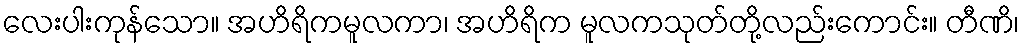
လေးပါးကုန်သော။ အဟိရိကမူလကာ၊ အဟိရိက မူလကသုတ်တို့လည်းကောင်း။ တီဏိ၊